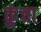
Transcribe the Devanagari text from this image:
कुंचा